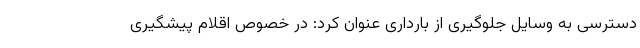
دسترسی به وسایل جلوگیری از بارداری عنوان کرد: در خصوص اقلام پیشگیری